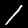
Label: 1